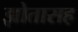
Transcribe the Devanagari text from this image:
झोतासह